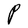
Character: P